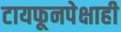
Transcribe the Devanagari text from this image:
टायफूनपेक्षाही